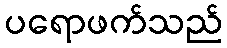
ပရောဖက်သည်